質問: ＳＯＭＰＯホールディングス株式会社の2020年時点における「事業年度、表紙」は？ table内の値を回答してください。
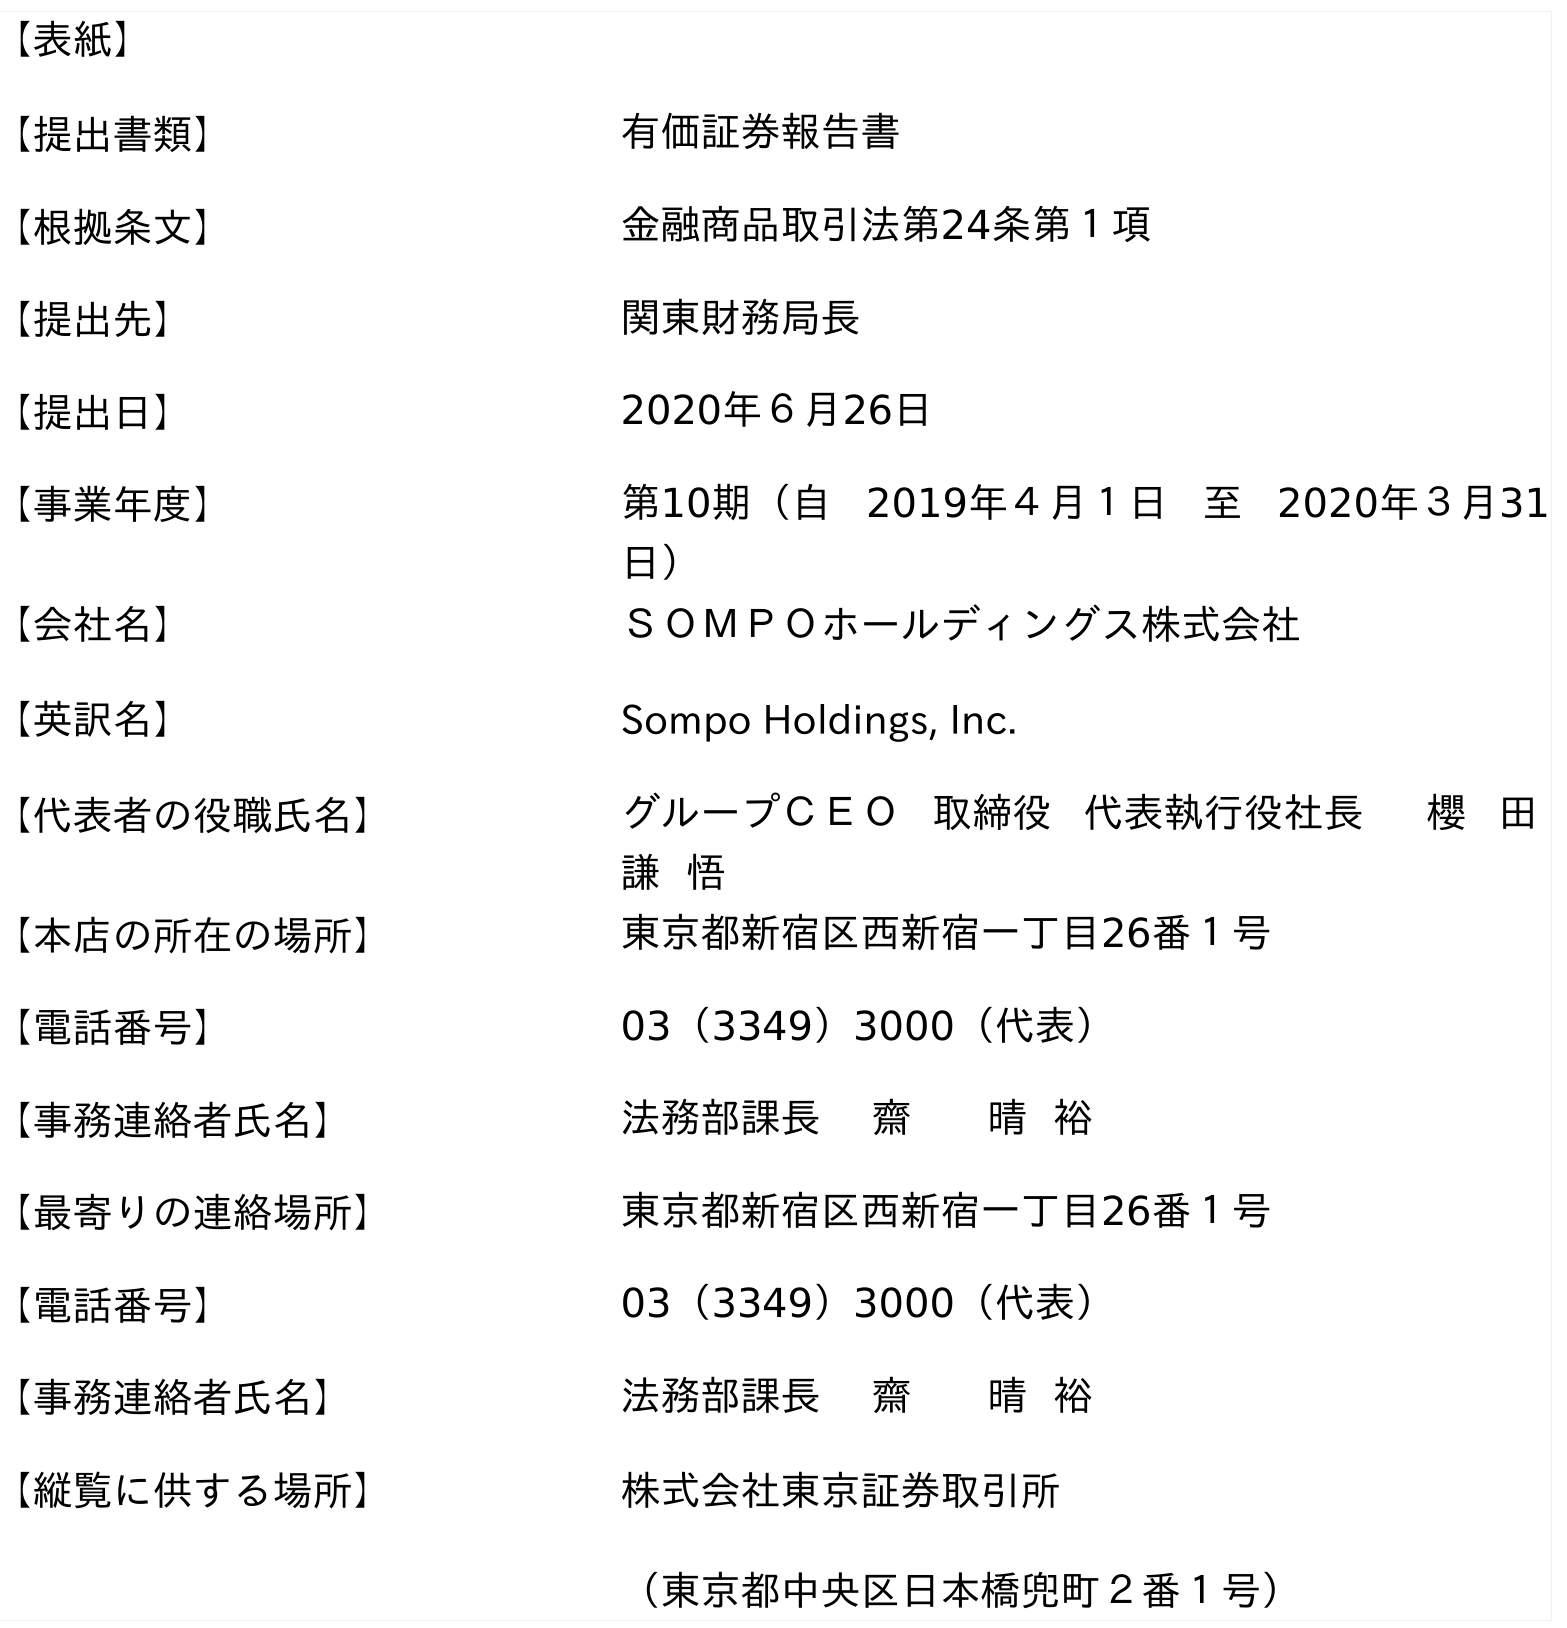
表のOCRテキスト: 【表紙】 【提出書類】 有価証券報告書 【根拠条文】 金融商品取引法第24条第１項 【提出先】 関東財務局長 【提出日】 2020年６月26日 【事業年度】 第10期（自 2019年４月１日 至 2020年３月31 日） 【会社名】 ＳＯＭＰＯホールディングス株式会社 【英訳名】 Sompo Holdings, Inc. 【代表者の役職氏名】 グループＣＥＯ 取締役 代表執行役社長 櫻 田 謙 悟 【本店の所在の場所】 東京都新宿区西新宿一丁目26番１号 【電話番号】 03（3349）3000（代表） 【事務連絡者氏名】 法務部課長 齋 晴 裕 【最寄りの連絡場所】 東京都新宿区西新宿一丁目26番１号 【電話番号】 03（3349）3000（代表） 【事務連絡者氏名】 法務部課長 齋 晴 裕 【縦覧に供する場所】 株式会社東京証券取引所 （東京都中央区日本橋兜町２番１号）
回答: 第10期（自2019年４月１日至2020年３月31日）